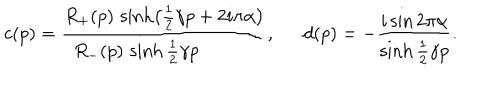
c ( p ) = \frac { R _ { + } ( p ) \, \sinh \left( \frac { 1 } { 2 } \gamma p + 2 i \pi \alpha \right) } { R _ { - } ( p ) \, \sinh \frac { 1 } { 2 } \gamma p } , d ( p ) = - \frac { i \sin 2 \pi \alpha } { \sinh \frac { 1 } { 2 } \gamma p } .